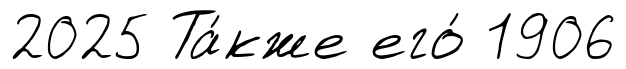
2025 Та́кже его́ 1906